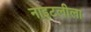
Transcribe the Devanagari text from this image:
नाइटलीला